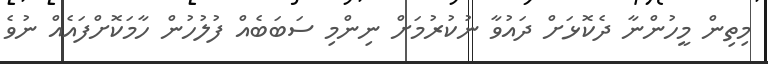
މިތިން މީހުންނާ ދެކޮޅަށް ދައުވާ ނުކުރުމަށް ނިންމި ސަބަބެއް ފުލުހުން ހާމަކޮށްފައެއް ނުވެ